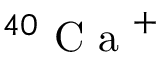
^ { 4 0 } \mathrm { ~ C ~ a ~ } ^ { + }